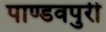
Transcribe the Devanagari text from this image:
पाण्डवपुरी